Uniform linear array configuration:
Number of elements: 4
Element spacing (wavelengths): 1
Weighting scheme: cosine
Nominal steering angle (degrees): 15
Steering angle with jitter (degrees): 16.588
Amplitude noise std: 0.05
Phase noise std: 0.05

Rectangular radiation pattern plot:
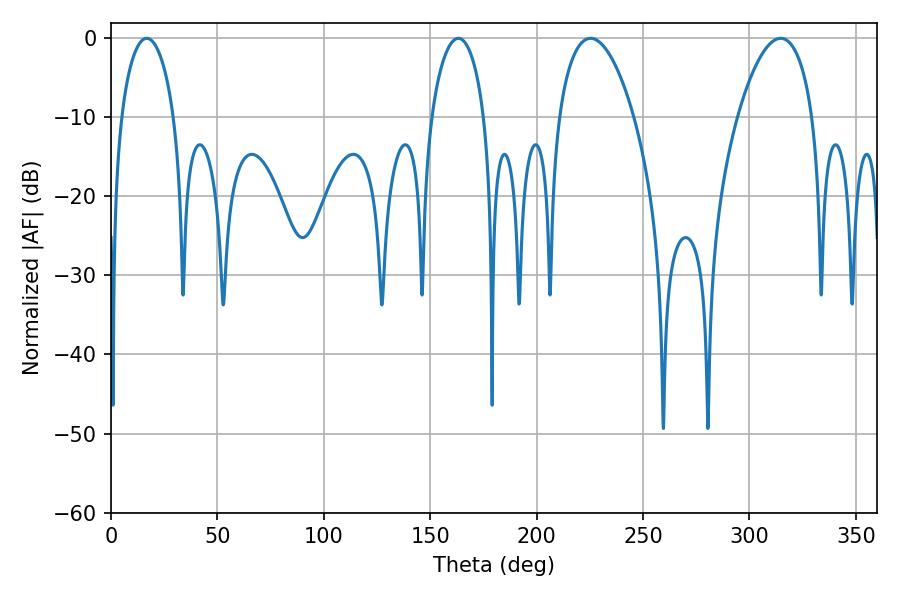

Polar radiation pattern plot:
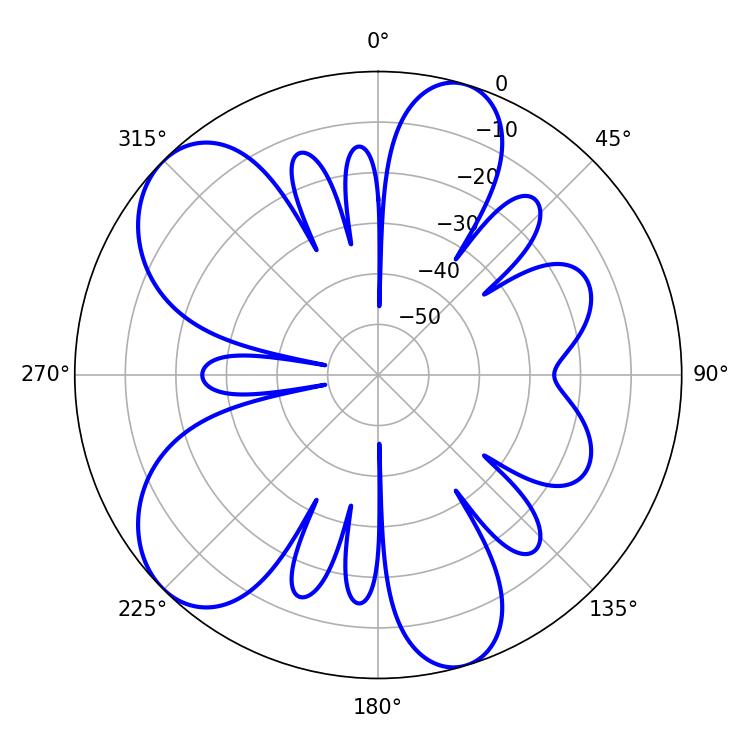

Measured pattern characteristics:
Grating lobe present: TRUE
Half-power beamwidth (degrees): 19.8
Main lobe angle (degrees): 225.36